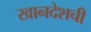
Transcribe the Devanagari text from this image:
खानदेशची